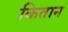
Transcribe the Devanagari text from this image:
कितान